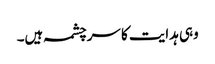
وہی ہدایت کا سرچشمہ ہیں۔